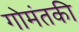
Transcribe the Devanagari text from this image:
गोमंतकी